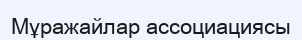
Мұражайлар ассоциациясы